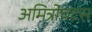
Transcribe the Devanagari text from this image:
अमित्रोचटस